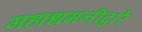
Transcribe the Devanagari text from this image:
महाधमनीद्वारे